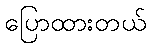
ပြောထားတယ်